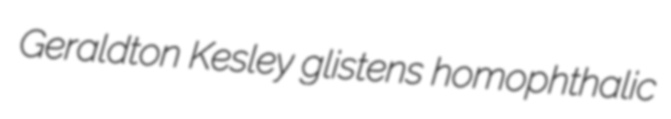
Geraldton Kesley glistens homophthalic